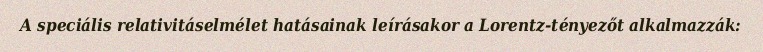
A speciális relativitáselmélet hatásainak leírásakor a Lorentz-tényezőt alkalmazzák: